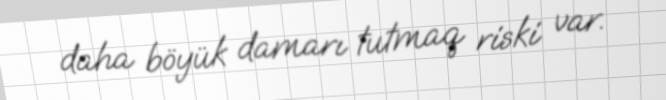
daha böyük damarı tutmaq riski var.